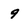
Character: 9